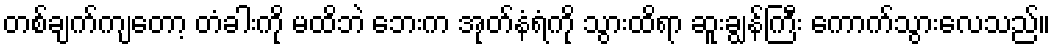
တစ်ချက်ကျတော့ တံခါးကို မထိဘဲ ဘေးက အုတ်နံရံကို သွားထိရာ ဆူးချွန်ကြီး ကောက်သွားလေသည်။